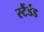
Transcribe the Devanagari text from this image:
स्टैंर्डड